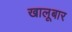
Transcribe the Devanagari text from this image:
खालूबार